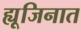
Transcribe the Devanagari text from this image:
ह्यूजिनात